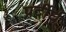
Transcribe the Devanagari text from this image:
प्रर्दीर्घ